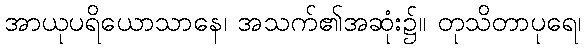
အာယုပရိယောသာနေ၊ အသက်၏အဆုံး၌။ တုသိတာပုရေ၊